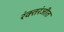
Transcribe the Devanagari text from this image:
रंक्तरंजीत